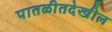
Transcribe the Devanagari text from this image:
पातळीतदेखील